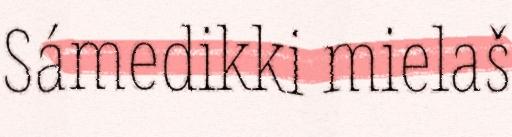
Sámedikki mielaš